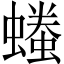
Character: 𧑞